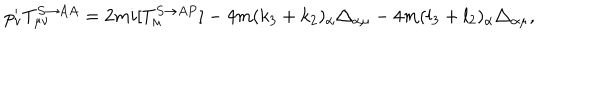
p _ { \nu } ^ { \prime } T _ { \mu \nu } ^ { S \rightarrow A A } = 2 m i [ T _ { \mu } ^ { S \rightarrow A P } ] - 4 m ( k _ { 3 } + k _ { 2 } ) _ { \alpha } \triangle _ { \alpha \mu } - 4 m ( l _ { 3 } + l _ { 2 } ) _ { \alpha } \triangle _ { \alpha \mu } ,